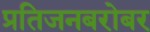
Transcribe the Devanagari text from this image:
प्रतिजनबरोबर